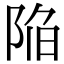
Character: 陥